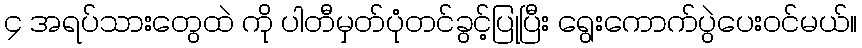
၄ အရပ်သားတွေထဲ ကို ပါတီမှတ်ပုံတင်ခွင့်ပြုပြီး ရွေးကောက်ပွဲပေးဝင်မယ်။